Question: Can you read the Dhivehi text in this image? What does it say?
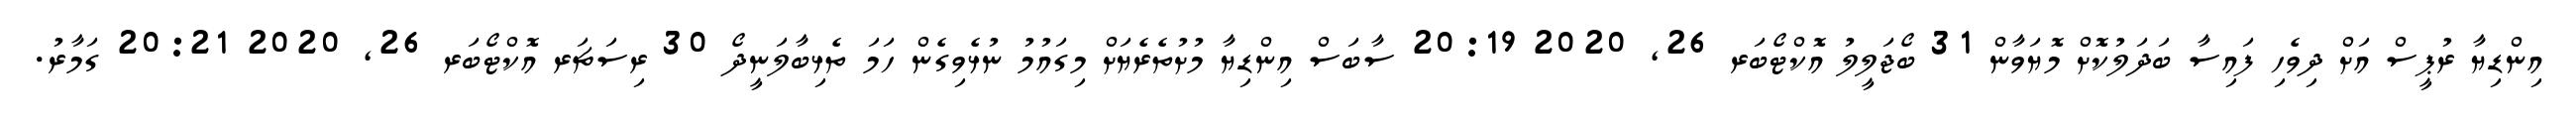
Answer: އިންޑިޔާ ރުޕީސް އަށް ދިވެހި ފައިސާ ބަދަލުކޮށް މޮޔަވާން 31 ބޯޖަލީލު އޮކްޓޯބަރ 26, 2020 20:19 ސާބަސް އިންޑިޔާ މުށުތެރެޔަށް މިގައުމު ނުޅެވިގެން ހަމަ ތެޅިބާލަނީދޯ 30 ރިސަޗަރ އޮކްޓޯބަރ 26, 2020 20:21 ގަމާރު.